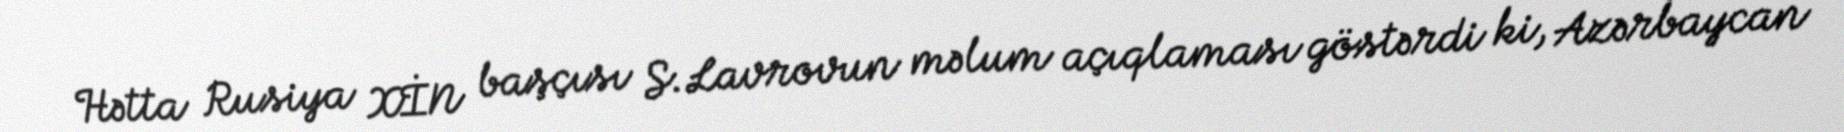
Hətta Rusiya XİN başçısı S.Lavrovun məlum açıqlaması göstərdi ki, Azərbaycan